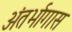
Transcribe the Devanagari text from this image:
अंतर्भागास